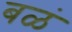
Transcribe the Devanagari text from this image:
बळं